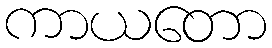
ကာယတော